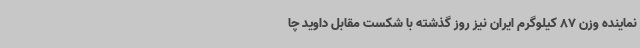
نماینده وزن 87 کیلوگرم ایران نیز روز گذشته با شکست مقابل داوید چا